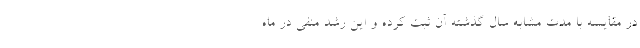
در مقایسه با مدت مشابه سال گذشته آن ثبت کرده و این رشد منفی در ماه